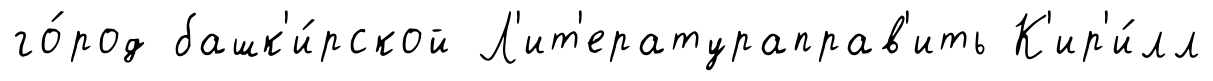
го́род башк'и́рской Л'ит'ератураправ'ить К'ир'и́лл